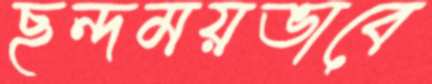
ছন্দময়ভাবে